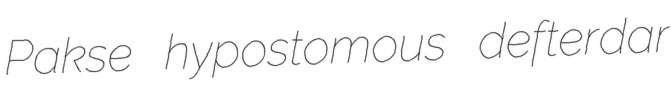
Pakse hypostomous defterdar